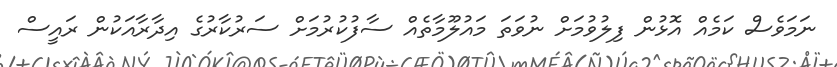
ނަމަވެސް ކަމެއް އޮޅުން ފިލުވުމަށް ނުވަތަ މައުލޫމާތެއް ސާފުކުރުމަށް ސަރުކާރުގެ އިދާރާއަކުން ރައީސް